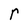
Character: r